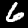
Label: 6